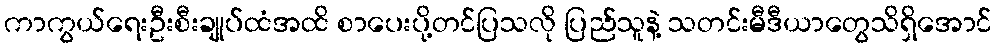
ကာကွယ်ရေးဦးစီးချုပ်ထံအထိ စာပေးပို့တင်ပြသလို ပြည်သူနဲ့ သတင်းမီဒီယာတွေသိရှိအောင်